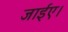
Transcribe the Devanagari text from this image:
जाईए।